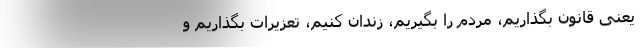
یعنی قانون بگذاریم، مردم را بگیریم، زندان کنیم، تعزیرات بگذاریم و